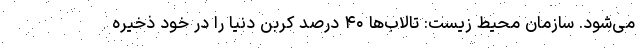
می‌شود. سازمان محیط زیست: تالاب‌ها ۴۰ درصد کربن دنیا را در خود ذخیره